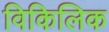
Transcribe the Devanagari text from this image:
विकिलिक